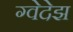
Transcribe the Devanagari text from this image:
ग्वेदेझ